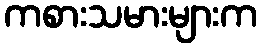
ကစားသမားများက